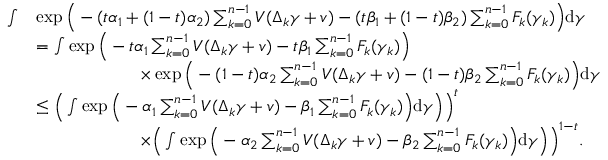
\begin{array} { r l } { \int } & { \exp \Big ( - ( t \alpha _ { 1 } + ( 1 - t ) \alpha _ { 2 } ) \sum _ { k = 0 } ^ { n - 1 } V ( \Delta _ { k } \gamma + v ) - ( t \beta _ { 1 } + ( 1 - t ) \beta _ { 2 } ) \sum _ { k = 0 } ^ { n - 1 } F _ { k } ( \gamma _ { k } ) \Big ) \mathrm { d } { \gamma } } \\ & { = \int \exp \Big ( - t \alpha _ { 1 } \sum _ { k = 0 } ^ { n - 1 } V ( \Delta _ { k } \gamma + v ) - t \beta _ { 1 } \sum _ { k = 0 } ^ { n - 1 } F _ { k } ( \gamma _ { k } ) \Big ) } \\ & { \qquad \qquad \qquad \times \exp \Big ( - ( 1 - t ) \alpha _ { 2 } \sum _ { k = 0 } ^ { n - 1 } V ( \Delta _ { k } \gamma + v ) - ( 1 - t ) \beta _ { 2 } \sum _ { k = 0 } ^ { n - 1 } F _ { k } ( \gamma _ { k } ) \Big ) \mathrm { d } { \gamma } } \\ & { \le \Big ( \int \exp \Big ( - \alpha _ { 1 } \sum _ { k = 0 } ^ { n - 1 } V ( \Delta _ { k } \gamma + v ) - \beta _ { 1 } \sum _ { k = 0 } ^ { n - 1 } F _ { k } ( \gamma _ { k } ) \Big ) \mathrm { d } { \gamma } \Big ) \Big ) ^ { t } } \\ & { \qquad \qquad \qquad \times \Big ( \int \exp \Big ( - \alpha _ { 2 } \sum _ { k = 0 } ^ { n - 1 } V ( \Delta _ { k } \gamma + v ) - \beta _ { 2 } \sum _ { k = 0 } ^ { n - 1 } F _ { k } ( \gamma _ { k } ) \Big ) \mathrm { d } { \gamma } \Big ) \Big ) ^ { 1 - t } . } \end{array}